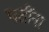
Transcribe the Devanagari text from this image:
पतींना